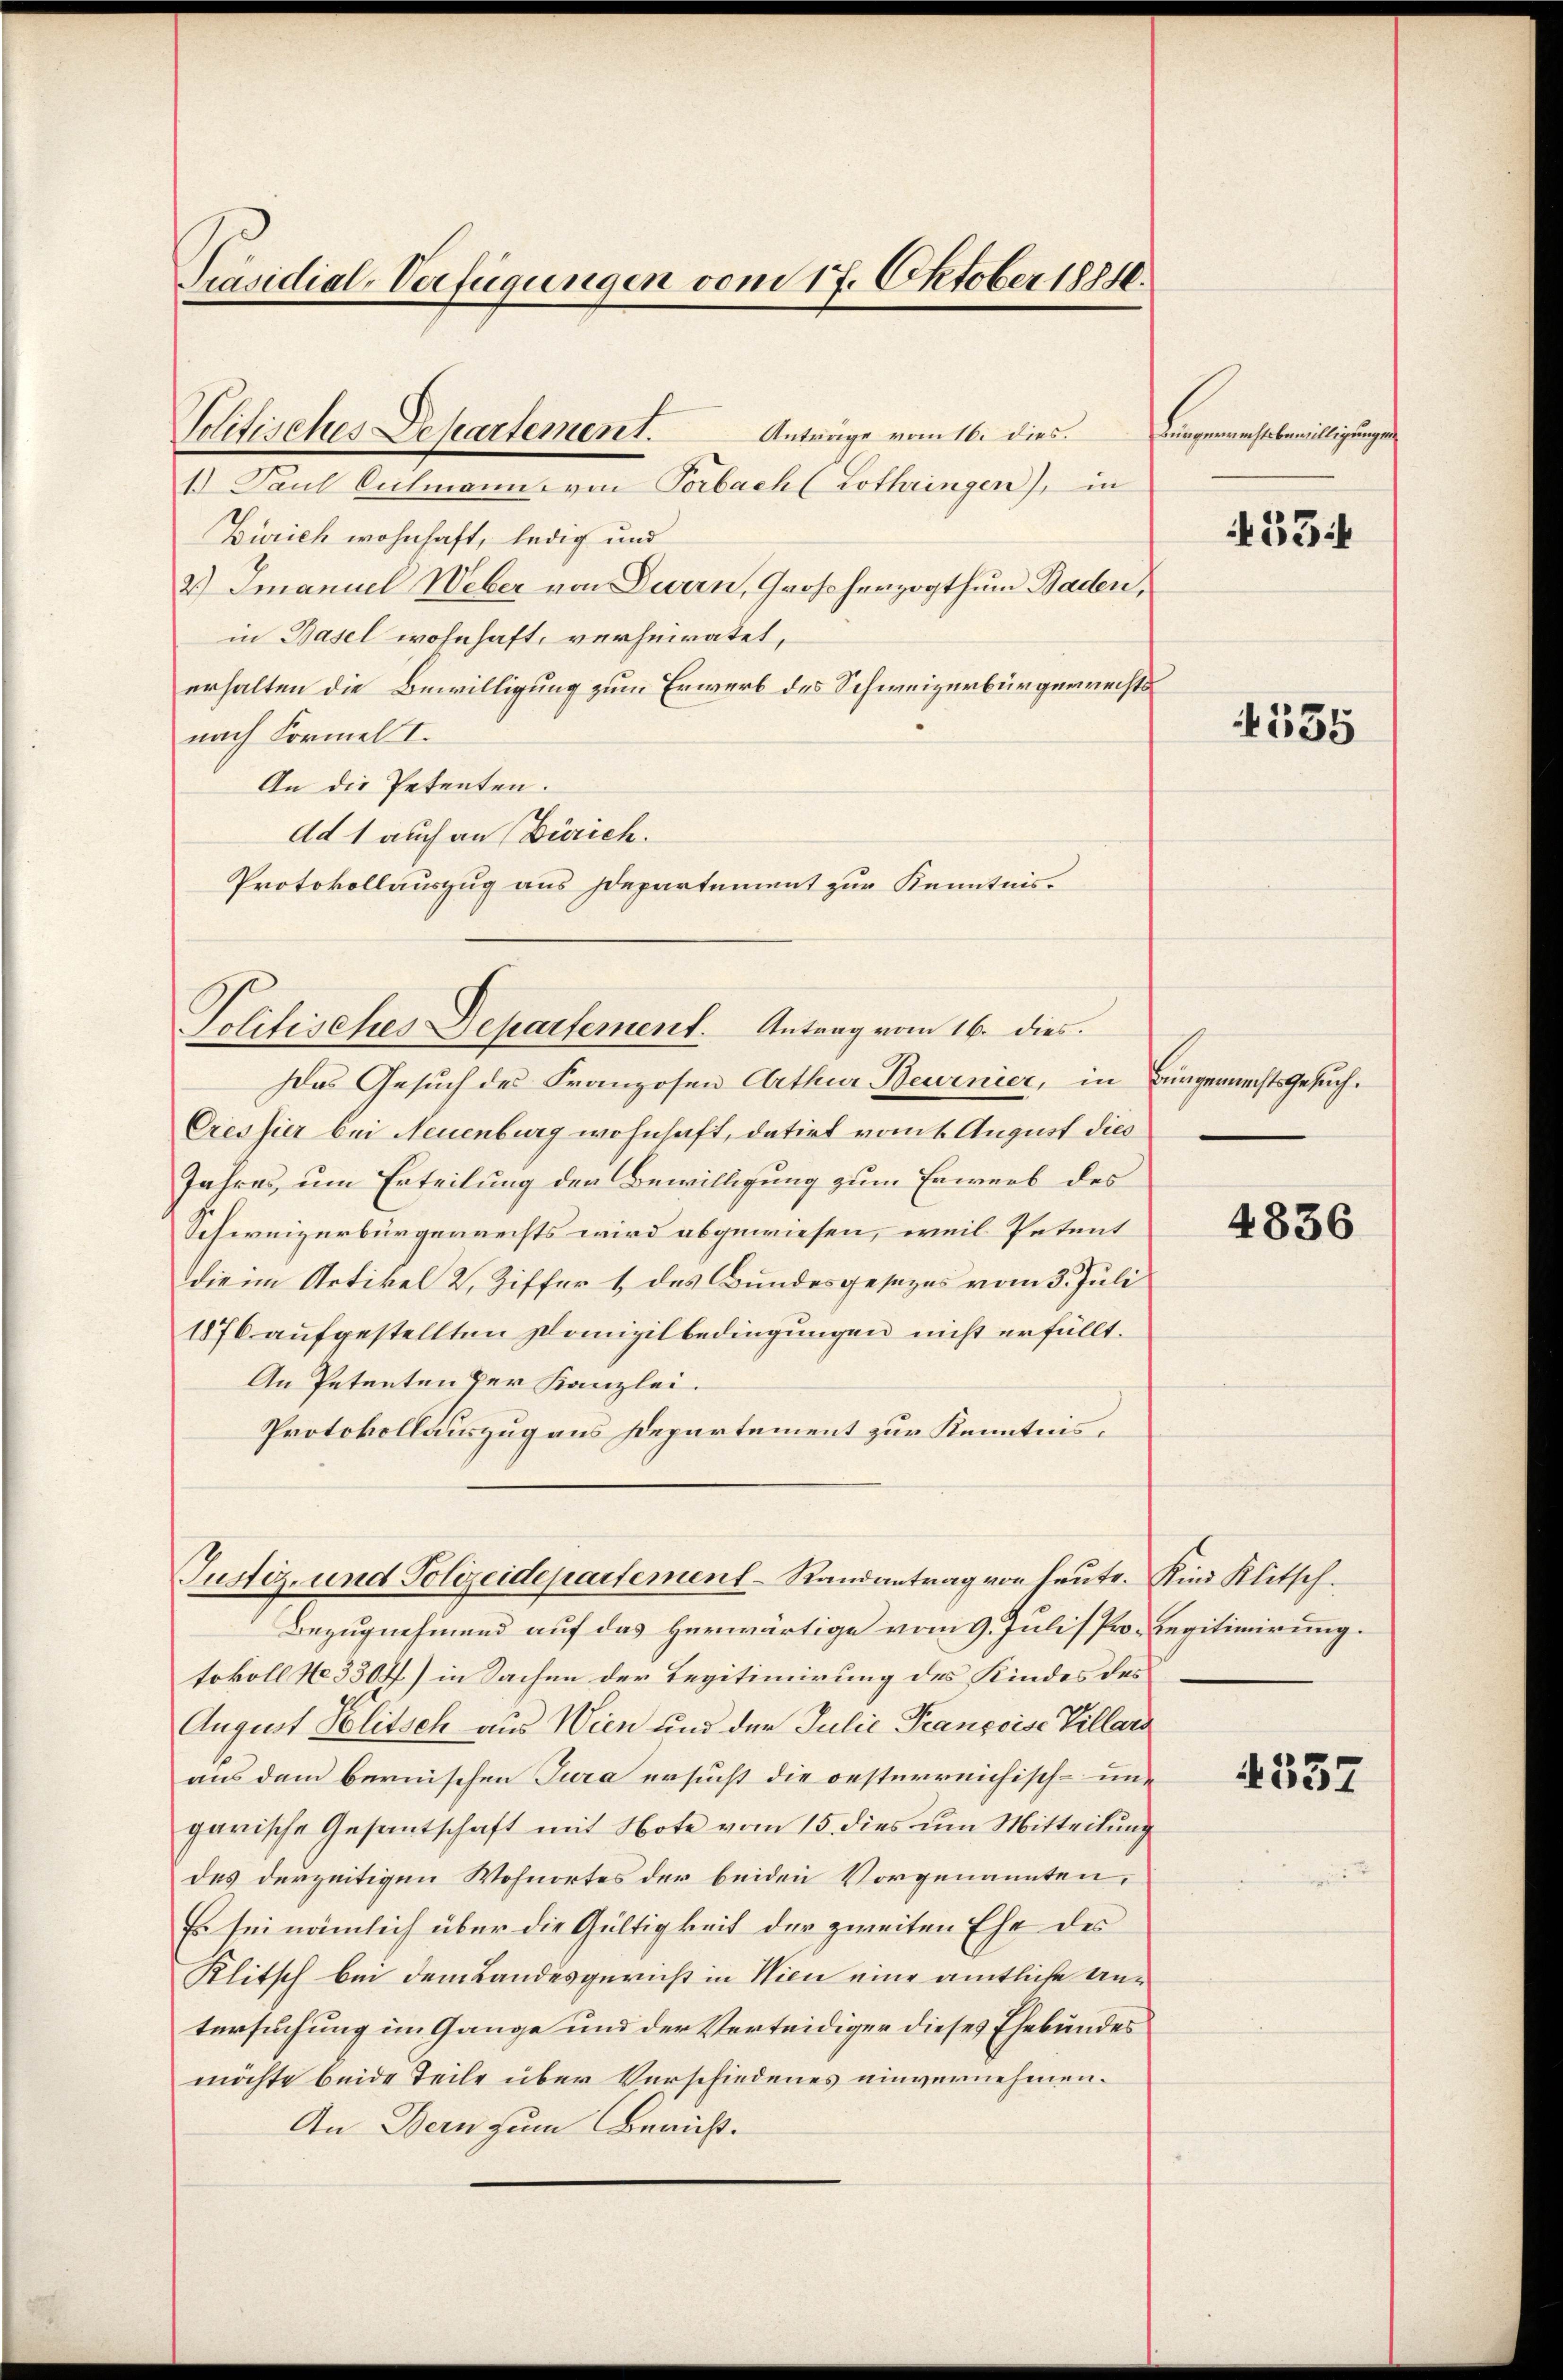
Präsidial-Verfügungen vom 17. Oktober 1884.

Politisches Departement.

Anträge vom 16. dies.
1. Paul Culmann von Porbach (Lothringen), in
Zürich wohnhaft, ledig und
2.) Imanuel Weber von Durrn, Großherzogthum Baden,
in Basel wohnhaft, verheiratet,
erhalten die Bewilligung zum Erwerb des Schweizerbürgerrechts
nach Formel I.
An die Petenten.
Ad 1 auch an Zürich.
Protokollauszug aus Departement zur Kenntnis.

Politisches Departement. Antrag vom 16. dies.

Das Gesuch des Franzosen Arthur Beurnier, in Bürgerrechts Gesuch.
Cressier bei Neuenburg wohnhaft, datirt vom 1. August dies
Jahres, um Erteilung der Bewilligung zum Erwerb des
Schweizerbürgerrechts wird abgewiesen, weil Petent
die im Artikel 2. Ziffer 1, des Bundesgesezes vom 3. Juli
1876 aufgestellten Pomizilbedingungen nicht erfüllt.
An Petenten der Kanzlei.
Protokollauszug aus Departement zur Kenntnis
Bezugnehmend auf das herwärtige vom 9. Juli/Pro. Legitimirung.
tokoll No 3304) in Sachen der Legitimirung des Kindes des
August Politsch aus Wien und der Julie Franzeise Villard
aus dem bernischen Jura ersucht die oesterreichisch-une
garische Gesantschaft mit Note vom 15. dies um Mitteilŭng
des derzeitigen Wohnortes der beiden Vorgenannten,
Es sei nämlich über die Gültigkeit der zweiten Ehe des
Klitsch bei dem Landesgericht in Wien eine amtliche Antersuchung im Gange und der Verteidiger dieses Ehebundes
möchte beide Teile über Verschiedenes einvernehmen.
An Bern zum Bericht.

Justiz- und Polizeidepartement-Randantrag von heute. Kind Klitsch¬

Fingerechtsbewilligungen

53:

535

4836

337